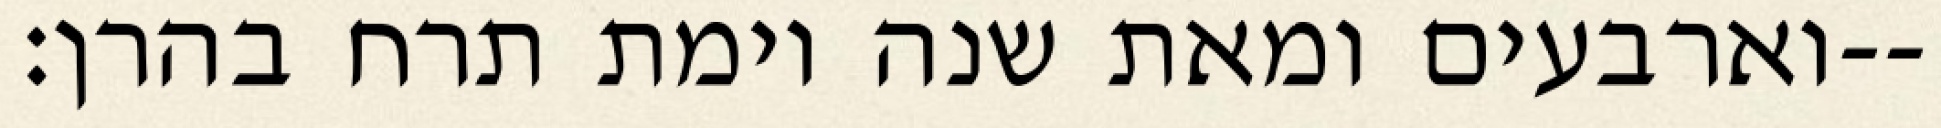
וארבעים ומאת שנה וימת תרח בהרן׃--